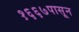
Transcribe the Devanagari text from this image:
१६६७पासून